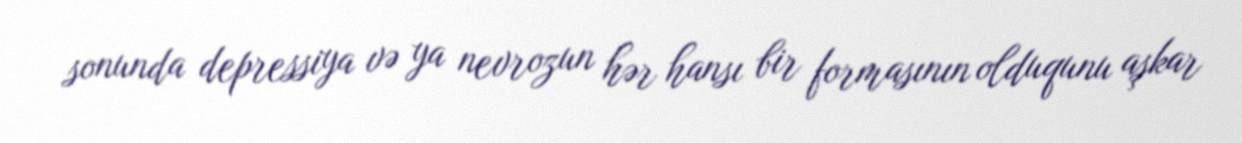
sonunda depressiya və ya nevrozun hər hansı bir formasının olduqunu aşkar